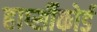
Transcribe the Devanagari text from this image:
हार्प्सीकोर्ड